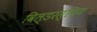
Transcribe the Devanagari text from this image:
विल्डरस्पिन